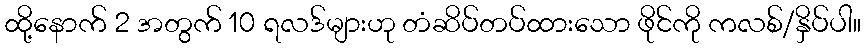
ထို့နောက် 2 အတွက် 10 ရလဒ်များဟု တံဆိပ်တပ်ထားသော ဖိုင်ကို ကလစ်/နှိပ်ပါ။